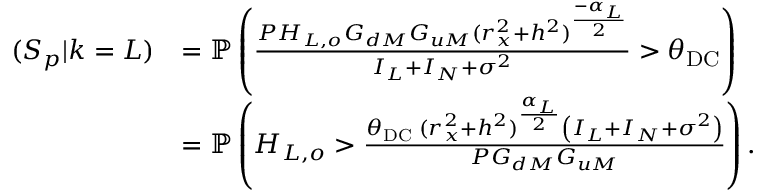
\begin{array} { r l } { ( S _ { p } | k = L ) } & { = \mathbb { P } \left( \frac { P H _ { L , o } G _ { d M } G _ { u M } ( r _ { x } ^ { 2 } + h ^ { 2 } ) ^ { \frac { - \alpha _ { L } } { 2 } } } { I _ { L } + I _ { N } + \sigma ^ { 2 } } > \theta _ { \mathrm { D C } } \right) } \\ & { = \mathbb { P } \left( H _ { L , o } > \frac { \theta _ { \mathrm { D C } } \; ( r _ { x } ^ { 2 } + h ^ { 2 } ) ^ { \frac { \alpha _ { L } } { 2 } } \left( I _ { L } + I _ { N } + \sigma ^ { 2 } \right) } { P G _ { d M } G _ { u M } } \right) . } \end{array}